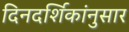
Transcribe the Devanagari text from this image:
दिनदर्शिकांनुसार